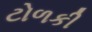
ટોળકી